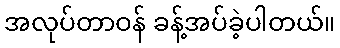
အလုပ်တာဝန် ခန့်အပ်ခဲ့ပါတယ်။